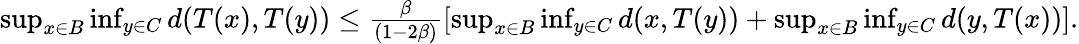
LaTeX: \begin{array}{r}{\operatorname*{sup}_{x\in B}\operatorname*{inf}_{y\in C}d(T(x),T(y))\le\frac{\beta}{(1-2\beta)}[\operatorname*{sup}_{x\in B}\operatorname*{inf}_{y\in C}d(x,T(y))+\operatorname*{sup}_{x\in B}\operatorname*{inf}_{y\in C}d(y,T(x))].}\end{array}